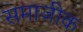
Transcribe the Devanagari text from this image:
समाजीक